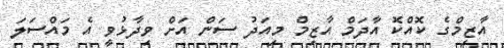
އާޒިމްގެ ކޮއްކޮ އާދަމް އާޒިމް މިއަދު ސަން އަށް ވިދާޅުވީ އެ މައްސަލަ